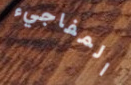
المفاجيء